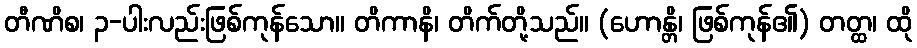
တီဏိစ၊ ၃-ပါးလည်းဖြစ်ကုန်သော။ တိကာနိ၊ တိက်တို့သည်။ (ဟောန္တိ၊ ဖြစ်ကုန်၏) တတ္ထ၊ ထို